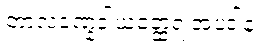
တာလဝဏ္နဒါယတ္ထေရ အပဒါန